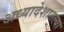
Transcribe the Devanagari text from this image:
अध्यादेशातल्या